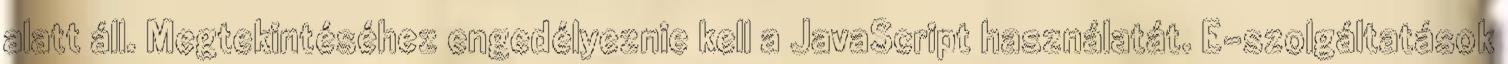
alatt áll. Megtekintéséhez engedélyeznie kell a JavaScript használatát. E-szolgáltatások